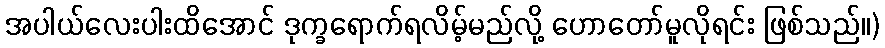
အပါယ်လေးပါးထိအောင် ဒုက္ခရောက်ရလိမ့်မည်လို့ ဟောတော်မူလိုရင်း ဖြစ်သည်။)